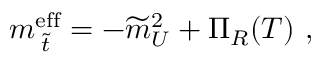
m _ { \; \widetilde { t } } ^ { \mathrm { e f f } } = - \widetilde { m } _ { U } ^ { 2 } + \Pi _ { R } ( T ) \ ,